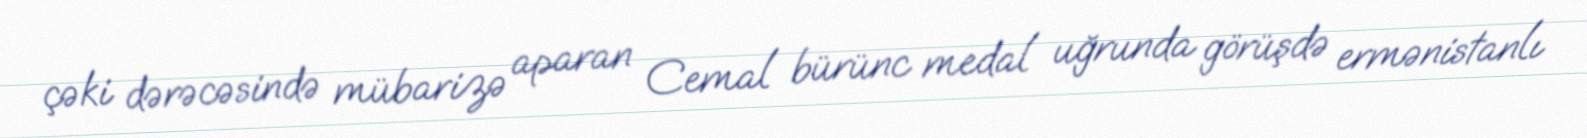
çəki dərəcəsində mübarizə aparan Cemal bürünc medal uğrunda görüşdə ermənistanlı